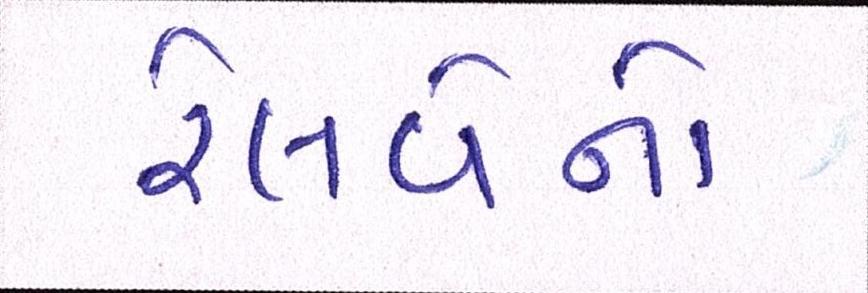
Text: રેલવેનો